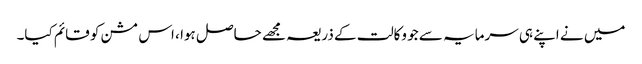
میں نے اپنے ہی سرمایہ سے جو وکالت کے ذریعہ مجھے حاصل ہوا ، اس مشن کو قائم کیا۔